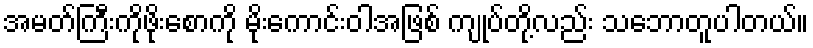
အမတ်ကြီးကိုဖိုးစောကို မိုးကောင်းဝါအဖြစ် ကျုပ်တို့လည်း သဘောတူပါတယ်။